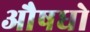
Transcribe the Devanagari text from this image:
औषधो